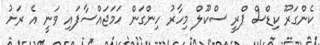
ކެންގަރޫ ކިޑްސް ޕްރީ ސްކޫލް މިހާރު ހިންގަން ހަމަޖައްސާފައި ވަނީ އެ ރަށު